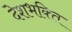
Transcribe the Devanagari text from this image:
देशभक्‍ित